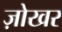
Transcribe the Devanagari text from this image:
ज़ोखर